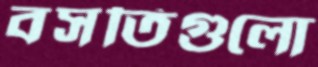
বসতিগুলো